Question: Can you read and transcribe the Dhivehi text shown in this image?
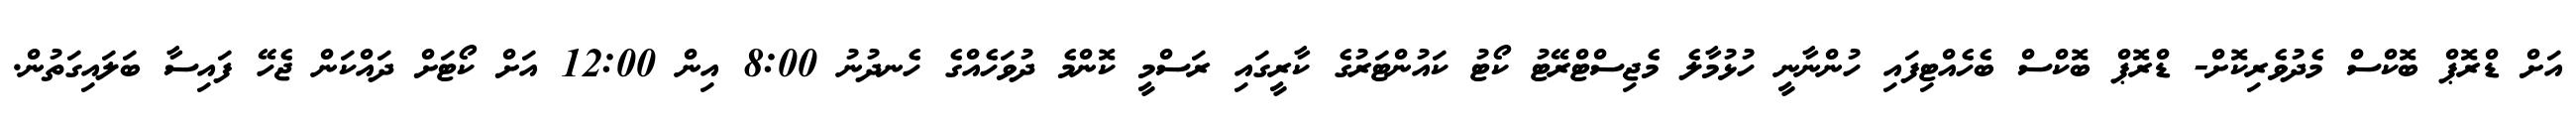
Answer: އަށް ޑްރޮޕް ބޮކްސް މެދުވެރިކޮށް- ޑްރޮޕް ބޮކްސް ބެހެއްޓިފައި ހުންނާނީ ހުޅުމާލެ މެޖިސްޓްރޭޓު ކޯޓު ކައުންޓަރުގެ ކާރީގައި ރަސްމީ ކޮންމެ ދުވަހެއްގެ ހެނދުނު 8:00 އިން 12:00 އަށް ކޯޓަށް ދައްކަން ޖެހޭ ފައިސާ ބަލައިގަތުން.